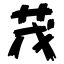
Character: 茂